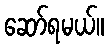
ဆော်ရမယ်။